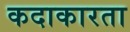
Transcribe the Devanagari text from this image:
कदाकारता